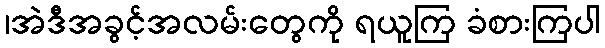
၊အဲဒီအခွင့်အလမ်းတွေကို ရယူကြ ခံစားကြပါ